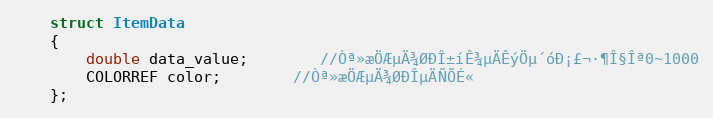
Language: C
	struct ItemData
	{
		double data_value;		//Òª»æÖÆµÄ¾ØÐÎ±íÊ¾µÄÊýÖµ´óÐ¡£¬·¶Î§Îª0~1000
		COLORREF color;		//Òª»æÖÆµÄ¾ØÐÎµÄÑÕÉ«
	};